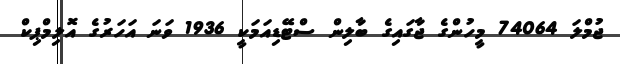
ޖުމްލަ 74064 މީހުންގެ ޖާގައިގެ ބާލިން ސްޓޭޑިއަމަކީ 1936 ވަނަ އަހަރުގެ އޮލިމްޕިކް